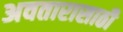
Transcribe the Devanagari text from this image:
अवतारासाठी